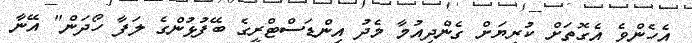
އެހެންވެ އެގޮތަށް ކުރިޔަށް ގެންދިއުމާ މެދު އިންޑަސްޓްރީގެ ބޭފުޅުންގެ ލަފާ ހޯދަން" އޭނާ